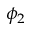
\phi _ { 2 }